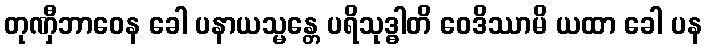
တုဏှီဘာဝေန ခေါ ပနာယသ္မန္တေ ပရိသုဒ္ဓါတိ ဝေဒိဿာမိ ယထာ ခေါ ပန